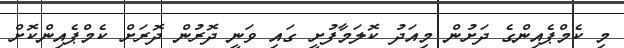
މި ކެމްޕެއިންގެ ދަށުން މިއަދު ކޮލަމާފުށީ ގައި ވަނީ ދޮރުން ދޮރަށް ކެމްޕެއިންކޮށް